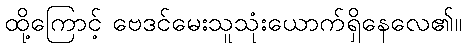
ထို့ကြောင့် ဗေဒင်မေးသူသုံးယောက်ရှိနေလေ၏။